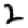
Digit: 2